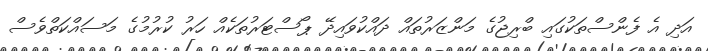
އަދި އެ ފެންސްތަކުގައި ބްރިޖުގެ މަންޒަރުތައް ދައްކުވައިދޭ ޕޯސްޓަރުތަކެއް ހަރު ކުރުމުގެ މަސައްކަތްވެސް